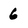
Character: 6